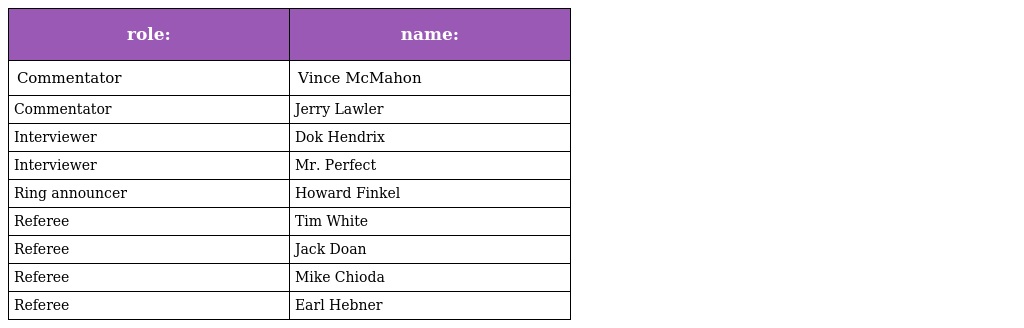
| role: | name: |
 | --- | --- |
 | Commentator | Vince McMahon |
 | Commentator | Jerry Lawler |
 | Interviewer | Dok Hendrix |
 | Interviewer | Mr. Perfect |
 | Ring announcer | Howard Finkel |
 | Referee | Tim White |
 | Referee | Jack Doan |
 | Referee | Mike Chioda |
 | Referee | Earl Hebner |